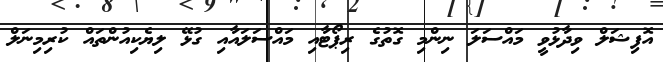
އޮފިޝަލް ވިދާޅުވީ މައްސަލަ ނިންމި ގޮތުގެ ރިޕޯޓާއި މައްސަލައާއި ގުޅޭ ލިޔެކިއުންތައް ކުރިމިނަލް